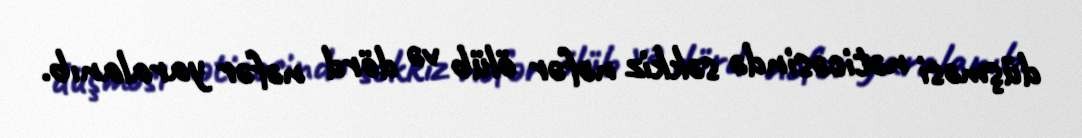
düşməsi nəticəsində səkkiz nəfər ölüb və dörd nəfər yaralanıb.